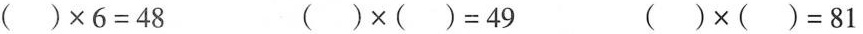
$$( ) \times 6 = 4 8$$ $$( ) \times ( ) = 4 9$$ $$( ) \times ( ) = 8 1$$